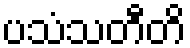
ပသံသတီတိ